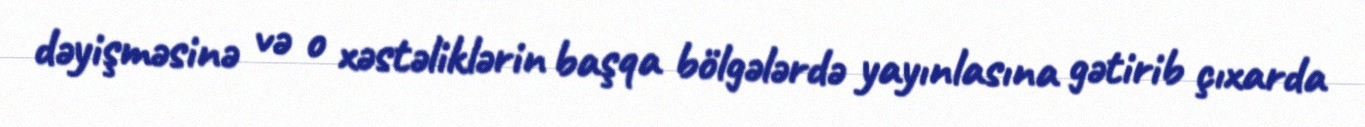
dəyişməsinə və o xəstəliklərin başqa bölgələrdə yayınlasına gətirib çıxarda